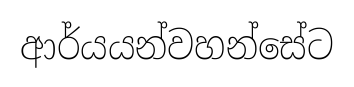
ආර්යයන්වහන්සේට